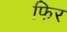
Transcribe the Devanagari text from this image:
फिर